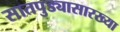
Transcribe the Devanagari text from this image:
सातपुड्यासारख्या